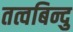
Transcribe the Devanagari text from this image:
तत्वबिन्दु